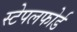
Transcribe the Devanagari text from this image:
स्टेपलफोर्ड